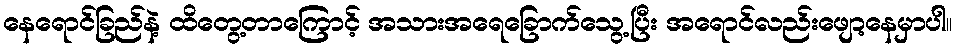
နေရောင်ခြည်နဲ့ ထိတွေ့တာကြောင့် အသားအရေခြောက်သွေ့ပြီး အရောင်လည်းဖျော့နေမှာပါ။